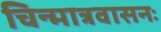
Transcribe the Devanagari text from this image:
चिन्मात्रवासनः